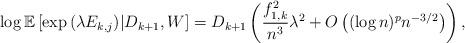
LaTeX: \begin{align*}\log \mathbb{E}\left[ \exp\left(\lambda E_{k,j}\right)\middle| D_{k+1},W\right] =D_{k+1}\left(\frac{f_{1,k}^2}{n^3}\lambda^2 +O\left((\log n)^p n^{-3/2}\right)\right),\end{align*}